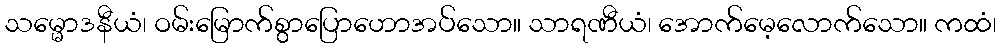
သမ္မောဒနီယံ၊ ဝမ်းမြောက်စွာပြောဟောအပ်သော။ သာရဏီယံ၊ အောက်မေ့လောက်သော။ ကထံ၊